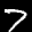
Label: 7